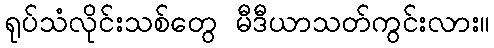
ရုပ်သံလိုင်းသစ်တွေ မီဒီယာသတ်ကွင်းလား။